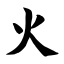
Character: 火